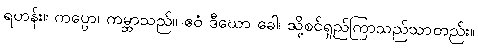
ရဟန်း။ ကပ္ပော၊ ကမ္ဘာသည်။ ဧဝံ ဒီဃော ခေါ၊ သို့စင်ရှည်ကြာသည်သာတည်း။